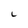
Character: L